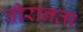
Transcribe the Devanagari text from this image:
वीरानता